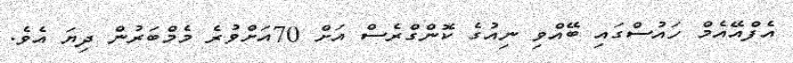
އެފްއޭއެމް ހައުސްގައި ބޭއްވި ނިއުގެ ކޮންގްރެސް އަށް 70އަށްވުރެ މެމްބަރުން ދިޔަ އެވެ.